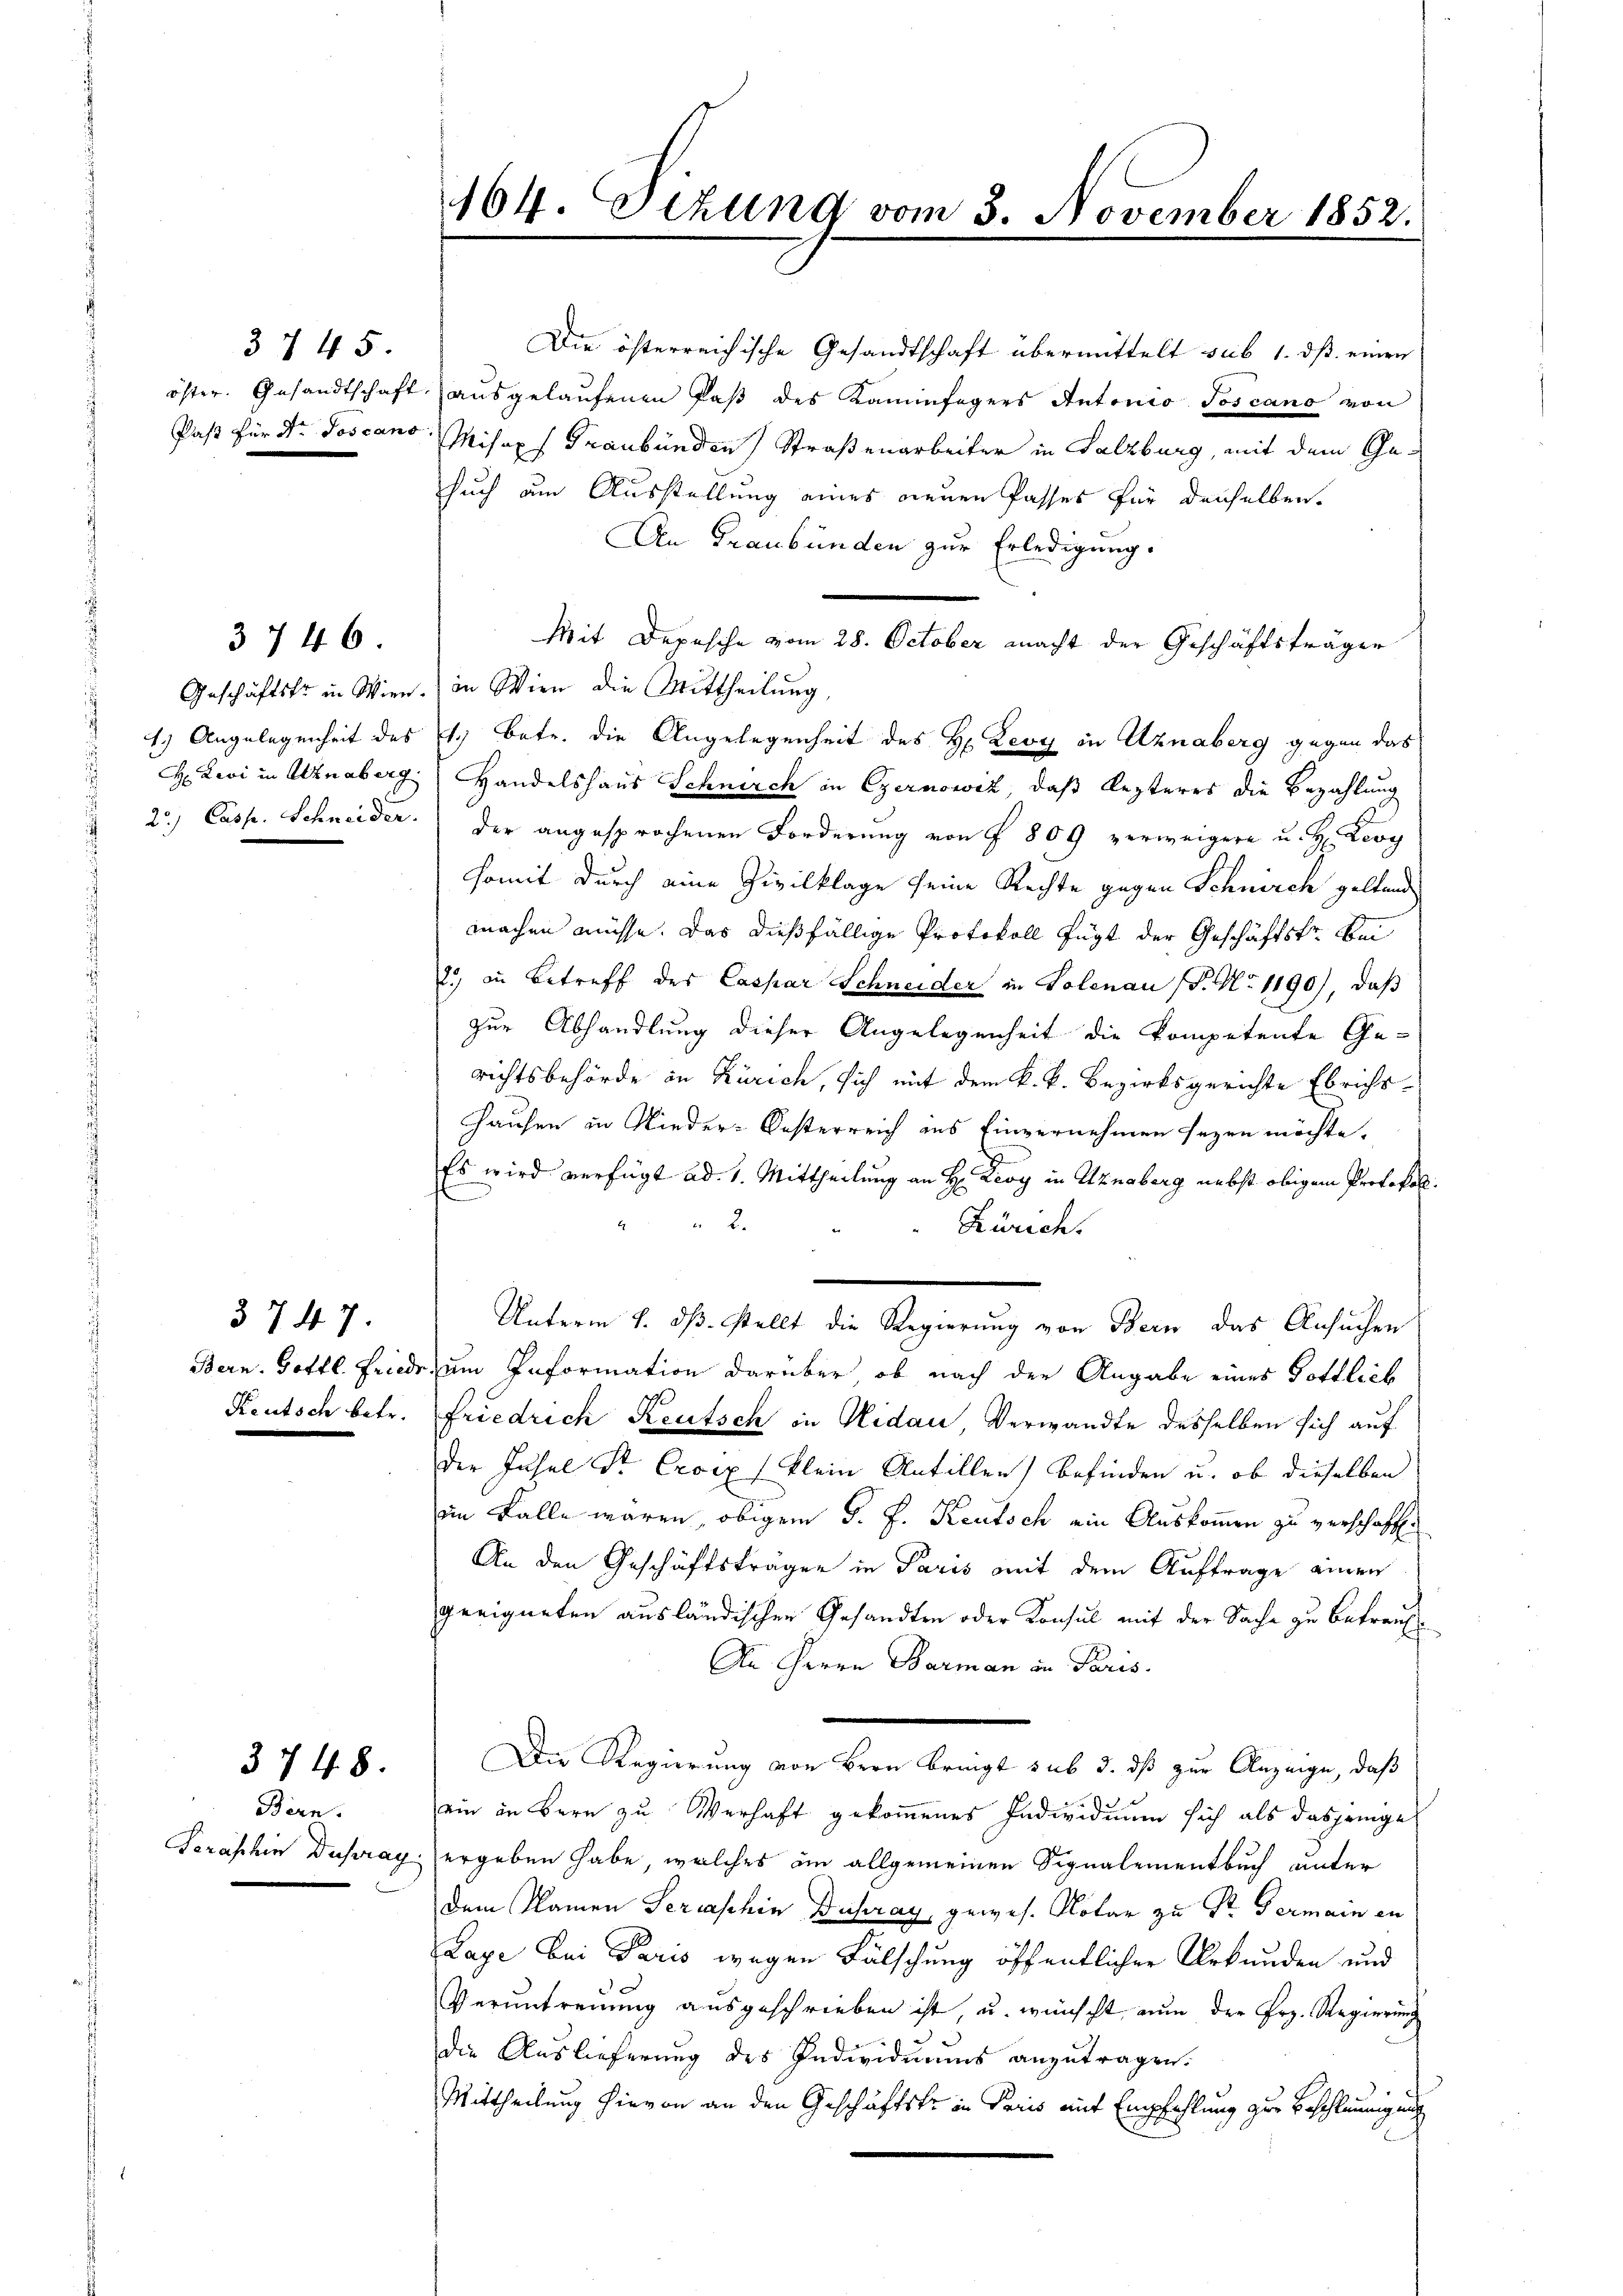
3745.

4.) Angelegenheit des

3746.

3747.
Keutsch betr.

3748.

Bern.

64. Sitzung vom 3. November 1852.

Die österreichische Gesandtschaft übermittelt sub 1. dß einen
öster. Gesandtschaft ausgelaufenen Paß des Kaminfegers Antonio Toscano von
Paßt für Dr. Joscano Misox Graubünden Straßenarbeiter in Salzburg, mit dem Gesuch am Ausstellung eines neuen Passes für denselben.
An Graubünden zur Erledigung.
Mit Depesche vom 28. October macht der Geschäftsträger
Geschäftskr in Wien. in Wien die Mittheilung,
1.) Betr. die Angelegenheit des H: Leoy in Uznaberg gegen das
H. Zwi in Alknaberg, Handelshaus Schnirch in Czernowiz, daß lezteres die Bezahlung
23.) Casp. Schneider der angesprochenen Forderung von § 809 verweigere u. H. Leop
somit durch eine Zivilklage seine Rechte gegen Schnirch geltend
machen müsse. Das dießfällige Protokoll fügt der Geschäftstr. Bei
2) in Betreff des Caspar Schneider in Solenau (P. Nr. 1190), daß
zur Abhandlung dieser Angelegenheit die kompetente Gerichtsbehörde in Zürich, sich mit dem k. k. Bezirksgerichte Ebricht
Hausen in Nieder-Kosterreich ins Einvernehmen seyen möchte.
Es wird verfügt ad 1. Mittheilung an H: Leoy in Uznaberg nebst obigem Protokoll.
f
2.
Zürich.
Unterm 8. dβ. stellt die Regierung von Bern das Ansuchen
Bern. Gottl. Friede, um Information darüber ob nach der Angabe eines Gottlich
Friedrich Reutsch in Nidau, Verwandte desselben sich auf
der Insel Sr. Croix klein Antillen) befinden u. ob dieselben
im Falle wären, obigem d. J. Keutsch ein Auskommen zu verschaffe
An den Geschäftstragen in Paris mit dem Auftrage einen
geeigneten ausländischen Gesandten oder Konsul mit der Sache zu Betrauf¬
An Herrn Barman in Paris.
Die Regierung von Bern bringt sub 3. ds zur Anzeige, daß
ein in Bern zu Verhaft gekommenes Individuum sich als dasjenige
Forashin Dupray ergeben habe, welches im allgemeinen Signalementbuch unter
dem Namen Seraschin Dupray, gewes. Notar zu Dr. Germain in
Lage bei Paris wegen Fälschung öffentlicher Urkunden und
Veruntreuung ausgeschrieben ist, u. wünscht nun der Frz. Regierung
die Auslieferung des Individuums anzutragen.
Mittheilung hievon an den Geschäftskr in Paris mit Empfehlung zur Beschleunigung